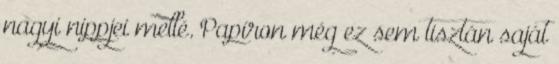
nagyi nippjei mellé. Papíron még ez sem tisztán saját